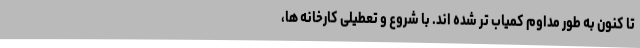
تا کنون به طور مداوم کمیاب تر شده اند. با شروع و تعطیلی کارخانه ها،